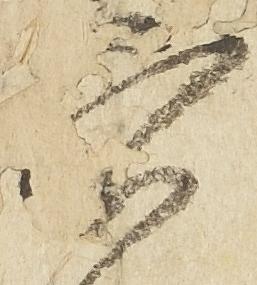
穴